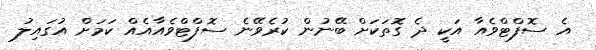
އެ ސޮފްޓްވެއާ އަކީ ދެ ގޮތަކަށް ބޭނުން ކުރެވޭނެ ސޮފްޓްވެއާއެއް ކަމަށް އުގައިލު